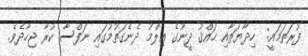
ފުރަތަމައީ:  ހިދާޔަތާއި ޙައްޤު ދީނުގެ ޢިލްމު ދެނެގަތުމުގައި ނަފްސާ ކުރާ ޖިހާދެވެ.